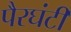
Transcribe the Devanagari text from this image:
पैरघंटी